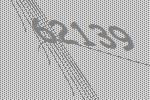
62139